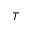
T